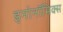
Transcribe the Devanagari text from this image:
इनोनॉमिक्स